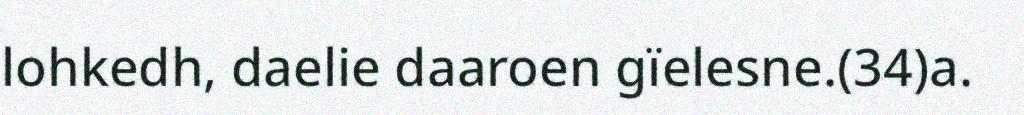
lohkedh, daelie daaroen gïelesne.(34)a.